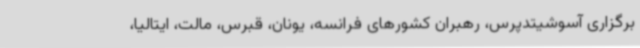
برگزاری آسوشیتدپرس، رهبران کشورهای فرانسه، یونان، قبرس، مالت، ایتالیا،